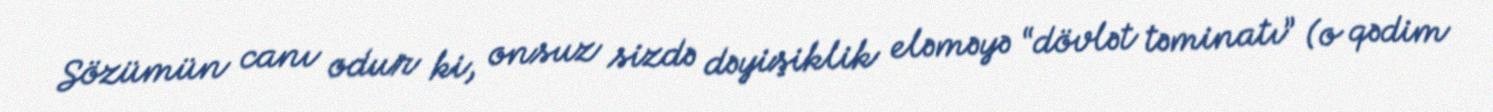
Sözümün canı odur ki, onsuz sizdə dəyişiklik eləməyə “dövlət təminatı” (o qədim